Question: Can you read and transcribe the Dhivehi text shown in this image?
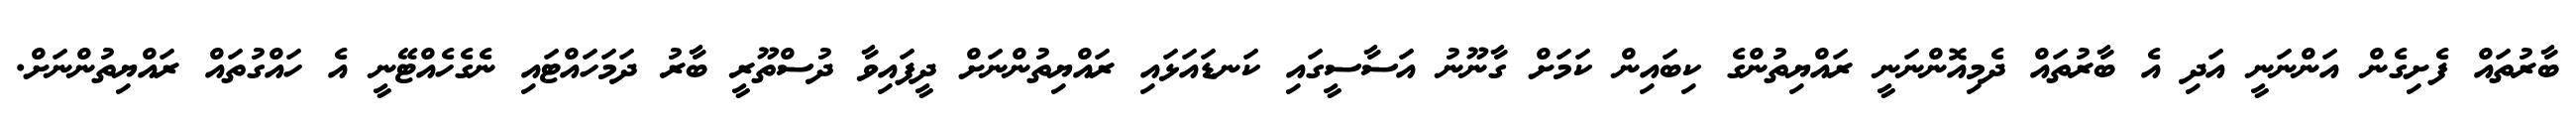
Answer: ބާރުތައް ފެށިގެން އަންނަނީ އަދި އެ ބާރުތައް ދެމިއޮންނަނީ ރައްޔިތުންގެ ކިބައިން ކަމަށް ގާނޫނު އަސާސީގައި ކަނޑައަޅައި ރައްޔިތުންނަށް ދީފައިވާ ދުސްތޫރީ ބާރު ދަމަހައްޓައި ނެގެހެއްޓޭނީ އެ ހައްގުތައް ރައްޔިތުންނަށް.